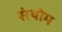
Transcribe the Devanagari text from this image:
संथोम